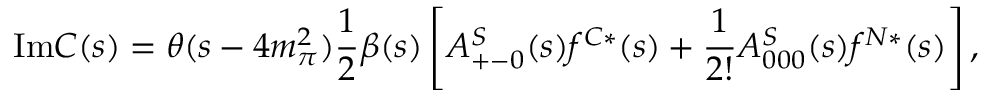
\mathrm { I m } C ( s ) = \theta ( s - 4 m _ { \pi } ^ { 2 } ) { \frac { 1 } { 2 } } \beta ( s ) \left[ A _ { + - 0 } ^ { S } ( s ) f ^ { C * } ( s ) + { \frac { 1 } { 2 ! } } A _ { 0 0 0 } ^ { S } ( s ) f ^ { N * } ( s ) \right] ,